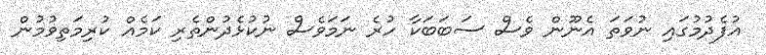
އުފެދުމުގައި ނުވަތަ އެނޫން ވެސް ސަބަބަކާ ހުރެ ނަމަވެސް ނުކުޅެދުންތެރި ކަމެއް ކުރިމަތިވުމުން